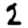
Digit: 2